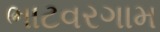
ભાટવરગામ